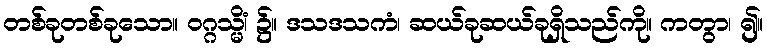
တစ်ခုတစ်ခုသော။ ဝဂ္ဂသ္မိံ၊ ၌။ ဒသဒသကံ၊ ဆယ်ခုဆယ်ခုရှိသည်ကို။ ကတွာ၊ ၍။